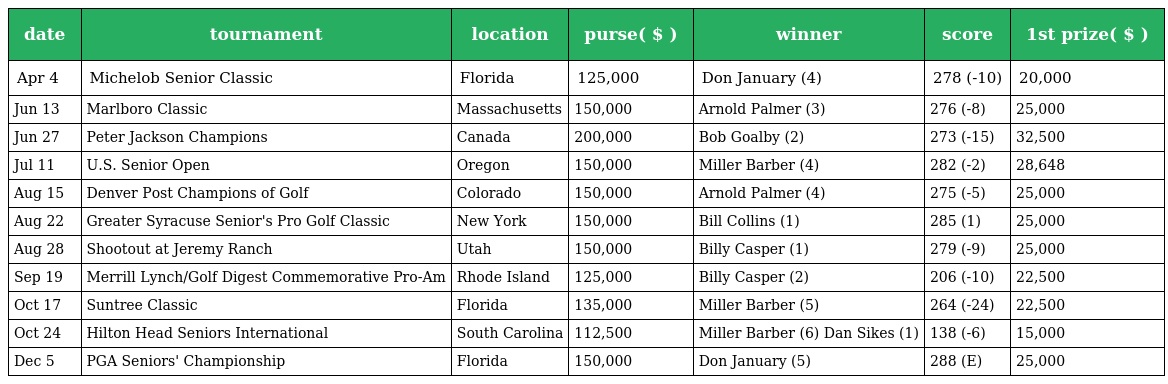
| date | tournament | location | purse( $ ) | winner | score | 1st prize( $ ) |
 | --- | --- | --- | --- | --- | --- | --- |
 | Apr 4 | Michelob Senior Classic | Florida | 125,000 | Don January (4) | 278 (-10) | 20,000 |
 | Jun 13 | Marlboro Classic | Massachusetts | 150,000 | Arnold Palmer (3) | 276 (-8) | 25,000 |
 | Jun 27 | Peter Jackson Champions | Canada | 200,000 | Bob Goalby (2) | 273 (-15) | 32,500 |
 | Jul 11 | U.S. Senior Open | Oregon | 150,000 | Miller Barber (4) | 282 (-2) | 28,648 |
 | Aug 15 | Denver Post Champions of Golf | Colorado | 150,000 | Arnold Palmer (4) | 275 (-5) | 25,000 |
 | Aug 22 | Greater Syracuse Senior's Pro Golf Classic | New York | 150,000 | Bill Collins (1) | 285 (1) | 25,000 |
 | Aug 28 | Shootout at Jeremy Ranch | Utah | 150,000 | Billy Casper (1) | 279 (-9) | 25,000 |
 | Sep 19 | Merrill Lynch/Golf Digest Commemorative Pro-Am | Rhode Island | 125,000 | Billy Casper (2) | 206 (-10) | 22,500 |
 | Oct 17 | Suntree Classic | Florida | 135,000 | Miller Barber (5) | 264 (-24) | 22,500 |
 | Oct 24 | Hilton Head Seniors International | South Carolina | 112,500 | Miller Barber (6) Dan Sikes (1) | 138 (-6) | 15,000 |
 | Dec 5 | PGA Seniors' Championship | Florida | 150,000 | Don January (5) | 288 (E) | 25,000 |